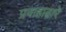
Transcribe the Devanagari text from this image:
प्रवाहाद्वारे